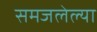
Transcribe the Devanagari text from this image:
समजलेल्या